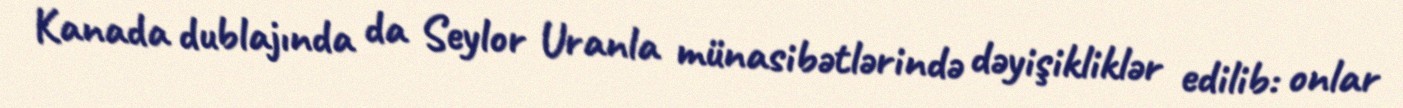
Kanada dublajında da Seylor Uranla münasibətlərində dəyişikliklər edilib: onlar